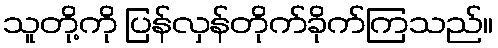
သူတို့ကို ပြန်လှန်တိုက်ခိုက်ကြသည်။